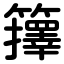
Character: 籜